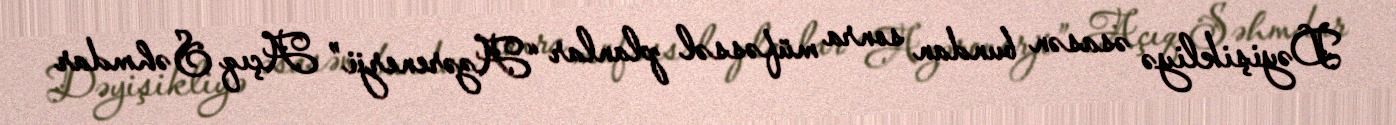
Dəyişikliyə əsasən bundan sonra müfəssəl planlar “Azərenerji” Açıq Səhmdar